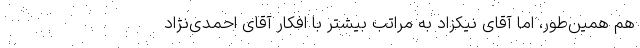
هم همین‌طور، اما آقای نیکزاد به مراتب بیشتر با افکار آقای احمدی‌نژاد